Vaccination United Provinces of Agra and Oudh 1902-1913 - 1902-1913
Year: 1902
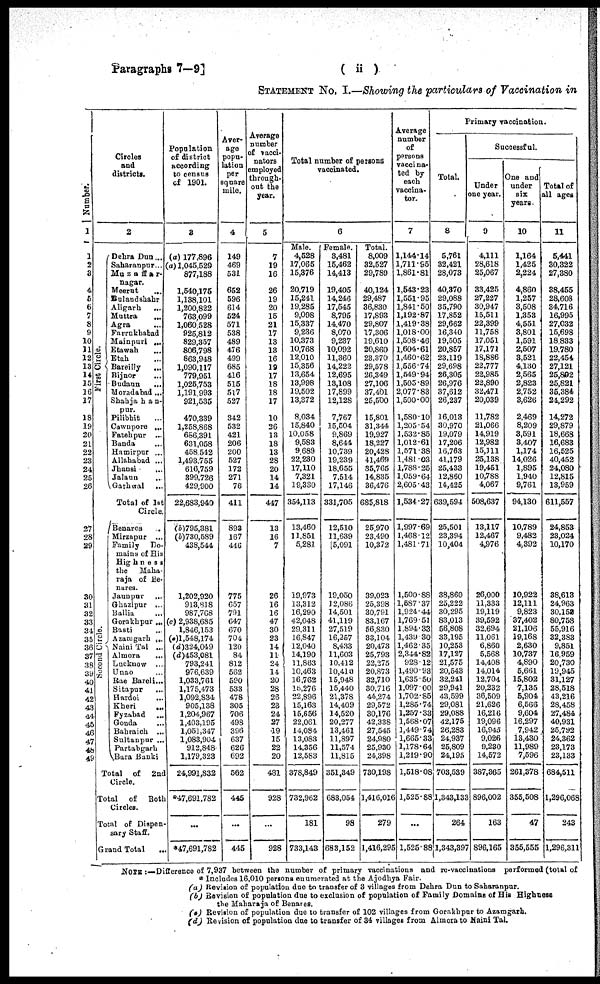
Paragraphs 7—9]
( ii )
STATEMENT NO. I.—Showing the particulars of Vaccination in
Number.
1
1
2
3
4
5
6
7
8
9
10
11
12
13
14
15
16
17
18
19
20
21
22
23
24
25
26
27
28
29
30
31
32
33
34
35
36
37
38
39
40
41
42
43
44
45
46
47
48
49
Circles
and
districts.
2
First Circle.
Socond Circle.
Dehra Dun ...
Saharanpur ...
Muzaffar-
nagar.
Meerut ...
Bulandshahr ...
Aligarh
...
Muttra ...
Agra ...
Farrukhabad ...
Mainpuri ...
Etawah
...
Etah ...
Bareilly
...
Bijnor ...
Budaun ...
Moradabad ...
Shahjahan-
pur
Pilibhit ...
Cawnpore ...
Fatehpur ...
Banda ...
Hamirpur ...
Allahabad ...
Jhansi ...
Jalaun ...
Garhwal ...
Total of 1st
Circle.
Benares ...
Mirzapur ...
Family Do-
mains of His
Highness
the
Maha-
raja of Be-
nares.
Jaunpur
...
Ghazipur ...
Ballia ...
Gorakhpur ...
Basti ...
Azamgarh ...
Naini Tal ...
Almora
...
Lucknow ...
Unao ...
Rae Bareli ...
Sitapur
...
Hardoi ...
Kheri
...
Fyzabad ...
Gonda ...
Bahraich ...
Sultanpur ...
Partabgarh ...
Bara Banki
Total of 2nd
Circle.
Total of Both
Circles.
Total of Dispen-
sary Staff.
Grand Total ...
Population
of district
according
to census
of 1901.
3
(a) 177,896
(a) 1,045,529
877,188
1,540,175
1,138,101
1,200,822
763,099
1,060,528
925,812
829,357
806,798
863,948
1,090,117
779,951
1,025,753
1,191,993
921,535
470,339
1,258,868
686,391
631,058
458,542
1,493,755
616,759
399,726
429,900
22,683,940
(b)795,381
(b)730,589
438,544
1,202,920
913,818
987,768
(c) 2,938,685
1,846,153
(c)1,548,174
(d)324,049
(d)453,081
793,241
976,639
1,033,761
1,175,473
1,092,834
905,138
1,204,967
1,403,195
1,051,347
1,083,904
912,848
1,179,323
24,991,S32
*47,691,782
...
*47,691,782
Aver-
age
popu-
lation
per
square
mile.
4
149
469
531
652
596
614
524
571
538
489
476
499
685
416
515
517
527
342
532
421
206
200
527
172
271
76
411
893
167
446
775
657
791
647
670
704
120
84
812
562
590
533
478
305
706
498
396
637
626
692
562
445
...
445
Average
number
of vacci-
nators
employed
through-
out the
year.
5
7
19
16
26
19
20
15
21
17
13
13
16
19
17
18
18
17
10
36
13
18
13
28
20
14
14
447
13
16
7
26
16
16
47
30
23
14
11
24
14
20
28
26
23
24
27
19
15
22
20
481
928
...
928
Total number of persons
vaccinated.
6
Male.
4,528
17,065
15,376
20,719
15,241
19,285
9,098
15,337
9,236
10,373
10,768
12,010
15,356
13,654
13,998
19,502
13,372
8,034
15,840
10,058
9,583
9,689
22,230
17,110
7,321
19,330
354,113
13,460
11,851
5,281
19,973
13,312
16,290
42,048
29,311
16,847
12,040
14,190
11,863
10,463
16,762
l5,276
22,896
15,163
15,656
22,061
14,084
13,083
14,356
12,583
378,849
732,962
181
733,143
Female.
3,481
15,462
14,413
19,405
14,246
17,545
8,795
14,470
8,070
9,237
10,092
11,360
14,222
12,695
13,108
17,899
12,128
7,767
15,504
9,869
8,644
10,739
19,239
18,655
7,514
17,146
331,705
12,510
11,639
5,091
19,050
12,086
14,501
41,119
27,519
16,257
8,433
11,603
10,412
10,410
15,948
15,440
21,378
14,409
14,520
20,277
13,461
11,897
11,574
11,815
351,349
683,054
98
683,152
Total.
8,009
32,527
29,789
40,124
29,487
36,830
17,893
29,807
17,306
19,610
20,860
23,370
29,578
26,349
27,106
37,401
25,500
15,801
31,344
19,927
18,227
20,428
41,469
35,765
14,835
36,476
685,818
25,970
23,490
10,372
39,023
25,398
30,791
83,167
56,830
33,104
20,473
25,793
22,275
20,873
32,710
30,716
44,274
29,572
30,176
42,338
27,545
24,980
25,930
24,398
730,198
1,416,016
279
1,416,295
Average
number
of
persons
vaccina-
ted by
each
vaccina-
tor.
7
1,144.14
1,711.95
1,861.81
1,543.23
1,551.95
1,841.50
1,192.87
1,419.38
1,018.00
1,508.46
1,604.61
1,460.62
1,556.74
1,549.94
1,505.89
2,077.83
1,500.00
1,580.10
1,205.54
1,532.85
1,012.61
1,571.38
1,481.03
1,788.25
1,059.64
2,605.43
1,534.27
1,997.69
1,468.12
1,481.71
1,500.88
1,587.37
1,924.44
1,769.51
1,894.33
1,439.30
1,462.35
2,344.82
928.12
1,490.93
1,635.50
1.097.00
1,702.85
1,285.74
1,257.33
1,568.07
1,449.74
1,665.33
1,178.64
1,219.90
1,518.08
1,525.88
...
1,525.88
Primary vaccination.
Total.
8
5,761
32,421
28,073
40,370
29,088
35,790
17,852
29,662
16,340
19,505
20,857
23,119
29,698
26,305
26,976
37,612
26,237
16,.013
30,970
19,079
17,206
16,763
41,179
25,433
12,860
14,425
639,594
25,501
23,394
10,404
38,860
25,222
30,295
83,013
56,808
33,195
10,253
17,127
21,575
20,543
32,241
29,941
43,599
29,081
29,088
42,175
26,283
24,937
25,809
24,195
703,539
1,343,133
264
1,343,397
Successful.
Under
one year.
9
4,111
28,618
25,067
33,425
27,227
30,947
15,511
22,399
11,758
17,051
17,171
18,886
22,777
22,985
22,890
32,471
20,039
11,782
21,066
14,919
12,982
15,111
25,138
19,451
10,788
4,067
508,637
13,117
12,467
4,976
26,000
11,333
19,119
39,592
32,694
11,061
6,860
5,568
14,408
14,014
12,704
20,232
36,509
21,626
16,216
19,096
16,945
9,026
9,230
14,572
387,365
896,002
163
896,165
One and
under
six
years.
10
1,164
1,425
2,224
4,860
1,257
3,508
1,353
4,551
3,801
1,591
2,507
3,521
4,130
2,565
2,823
2,752
3,626
2,469
8,209
3,591
3,407
1,174
14,026
1,895
1,940
9,761
94,130
10,789
9,482
4,392
10,922
12,111
9,823
37,402
21,106
19,168
2,630
10,737
4,890
5,661
15,802
7,135
5,904
6,566
9,604
16,297
7,942
13,430
11,989
7,596
261,378
355,508
47
355,555
Total of
all ages
11
5,441
30,322
27,380
38,455
28,608
34,716
16,995
27,032
15,698
18,833
19,780
22,454
27,121
25,892
25,821
35,384
24,292
14,272
29,879
18,668
16,683
16,525
40,452
24,080
12,815
13,959
611,557
24,853
23,024
10,170
38,613
24,963
30,152
80,758
55,916
32,383
9,851
16,959
20,730
19,945
31,127
28,518
43,216
28,458
27,484
40,931
25,792
24,362
23,173
23,133
684,511
1,296,068
243
1,296,311
NOTE :—Difference of 7,937 between the number of primary vaccinations and re-vaccinations performed (total of
* Includes 16,010 persons enumerated at the Ajodhya Fair.
(a) Revision of population due to transfer of 3 villages from Dehra Dun to Saharanpur.
(b) Revision of population due to exclusion of population of Family Domains of His Highness
the Maharaja of Benares.
(c) Revision of population due to transfer of 102 villages from Gorakhpur to Azamgarh.
(d) Revision of population due to transfer of 34 villages from Almora to Naini Tal.